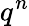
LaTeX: q^{n}